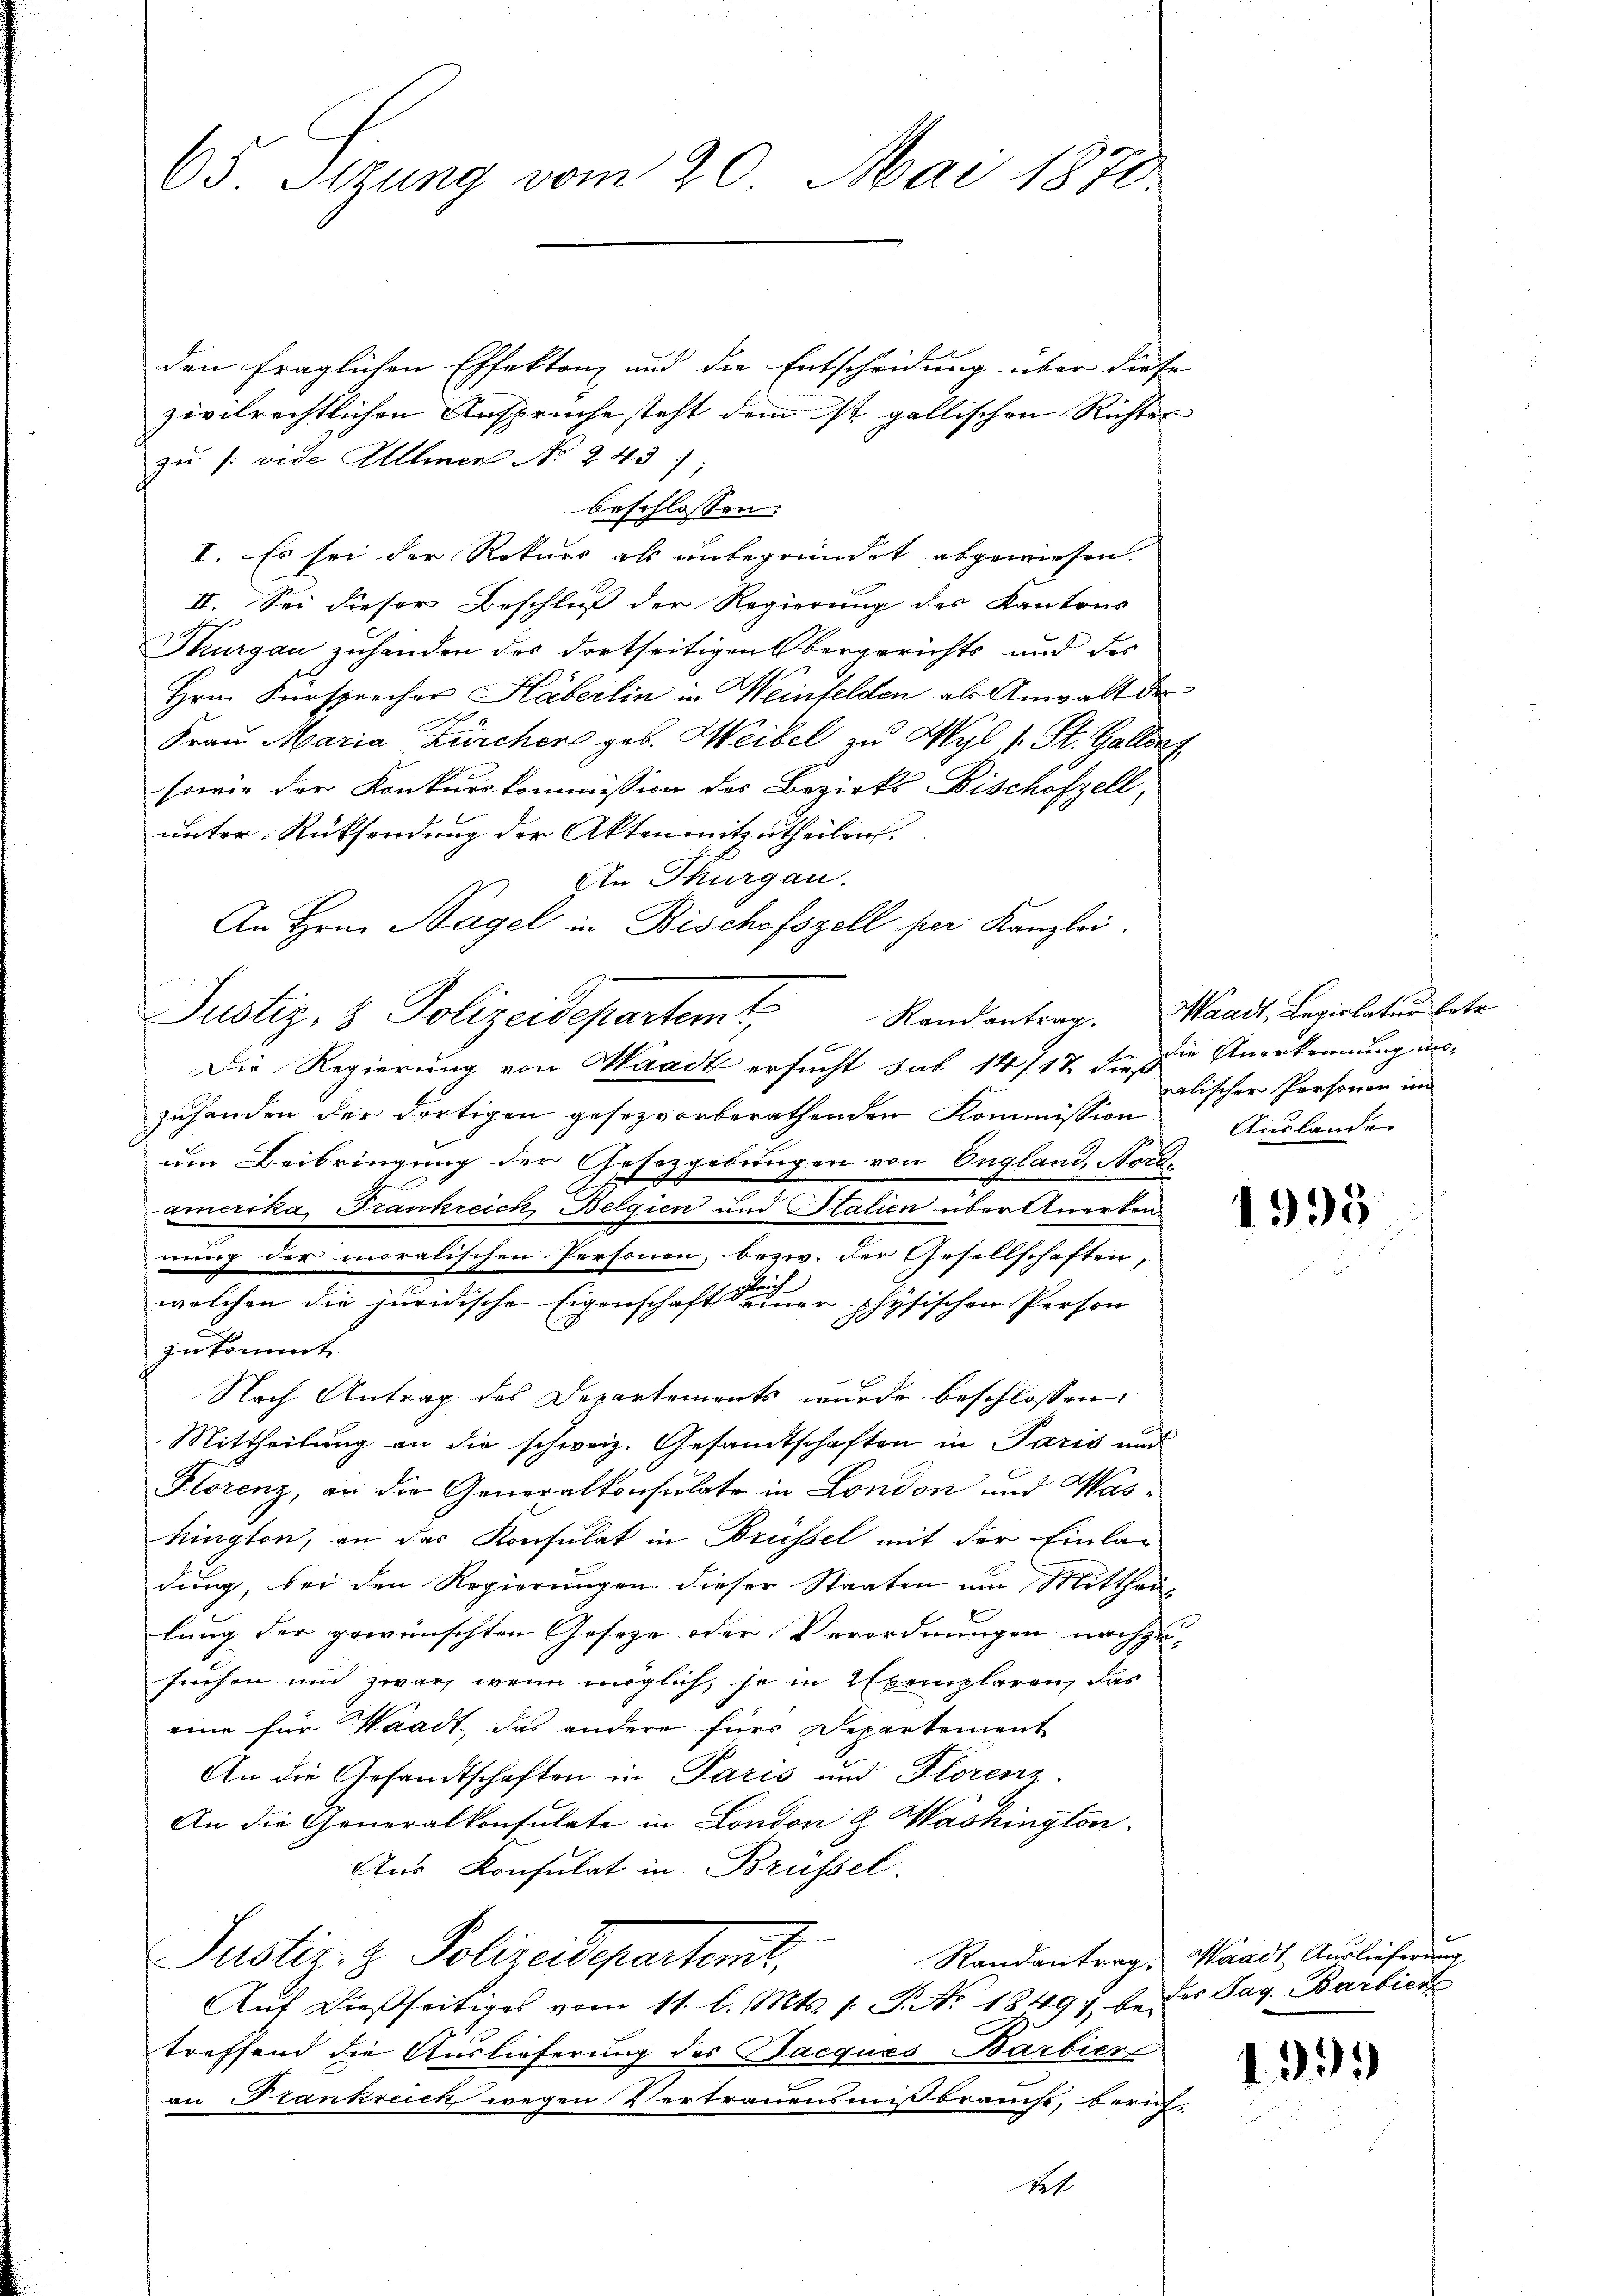
65. Sizung vom 20. Mai 1871.

den fraglichen Effekten und die Entscheidung über diese
zivilrechtlichen Ansprüche steht dem ist gallischen Richter
zu /: vide Ullmer No 243)
beschlossen:
I. Es sei der Rekurs als unbegründet abgewiesen.
II. Sei dieser Beschluß der Regierung des Kantons
Thurgau zuhanden des dortseitigen Obergerichts und des
Hrn. Fürsprecher Häberlin in Weinfelden als Anwalt der
Frau Maria Zürcher geb. Weibel zu Wyl 1 St. Galle
sowie der Konkurskommission des Bezirks Bischofzell,
unter Rücksendung der Akten mitzutheilen.
In Thurgau.
An Hrn. Nagel in Bischefszell per Kanzlei.
Justiz- & Polizeidepartemt,
Die Regierung von Waadt ersucht sas 14/12 in die Anerkennung an-
zuhanden der dortigen gesezvorberathenden Kommission
um Beibringung der Gesetzgebungen von England, Bordamerika, Frankreich Belgien und Italien über Anerken
nung der moralischen Personen, bezw. der Gesellschaften,
welchen die juridische Eigenschaft seiner physischen Person
zukommt.
Nach Antrag des Departements wurde beschlossen:
Mittheilung an die schweiz. Gesandtschaften in Paris und
Klorenz, an die Generalkonsulate in London und Waskington, an das Konsulat in Brüssel mit der Einladung, bei den Regierungen dieser Staaten um Mittheilung der gewünschten Geseze oder Verordnungen nachzu-
suchen und zwar, wenn möglich, so in Exemplaren, das
eine für Waadt das andere für Departement
An die Gesandtschaften in Paris und Florenz.
An die Generalkonsulate in London & Washington
Ans Konsulat in Brüssel.
Randantrag, Waadt Auslieferung
Justiz- & Polizeidepartent,
Auf dießseitiges vom 11. l. Mts. 1. P. No. 1849 bedes Tag. Barbier
treffend die Auslieferung des Jacques Barbier
an Frankreich wegen Vertrauensmißbrauchs, beruf-
Net

Randantrag. Waadt, Legiolatur betr.
galischer Personen im
Auslande

1995

1333)